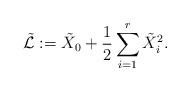
LaTeX: \begin{align*}\tilde{\mathcal{L}} := \tilde{X}_0 +\frac{1}{2}\sum_{i=1}^r\tilde{X}_i^2.\end{align*}